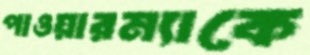
পাওয়ারম্যাকে